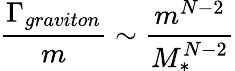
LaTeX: \frac{\Gamma_{graviton}}{m}\sim\frac{m^{N-2}}{M_{*}^{N-2}}